Indian journal of veterinary science and animal husbandry - Volumes 18-21, 1948-1951
Year: 1948
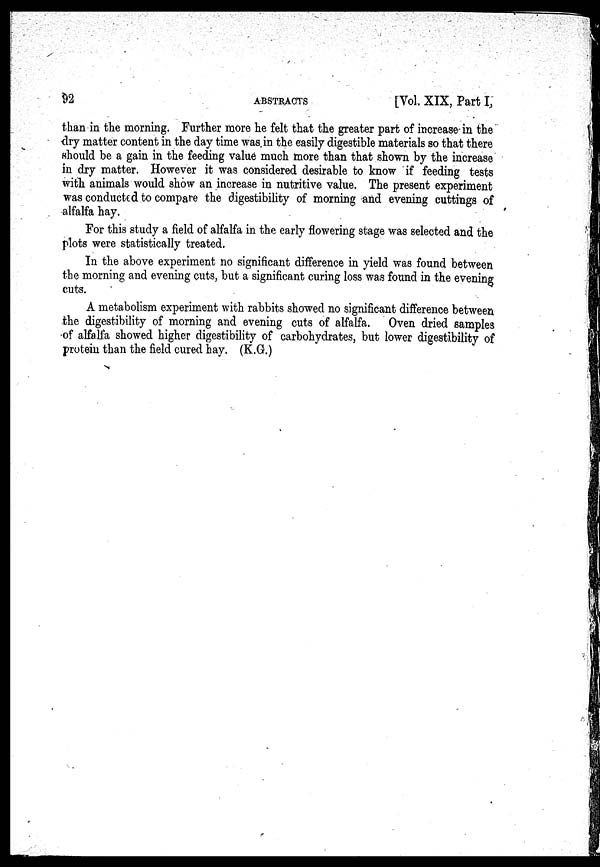
92
ABSTRACTS
[Vol. XIX, Part I,
than in the morning. Further more he felt that the greater part of increase in the
dry matter content in the day time was in the easily digestible materials so that there
should be a gain in the feeding value much more than that shown by the increase
in dry matter. However it was considered desirable to know if feeding tests
with animals would show an increase in nutritive value. The present experiment
was conducted to compare the digestibility of morning and evening cuttings of
alfalfa hay.
For this study a field of alfalfa in the early flowering stage was selected and the
plots were statistically treated.
In the above experiment no significant difference in yield was found between
the morning and evening cuts, but a significant curing loss was found in the evening
cuts.
A metabolism experiment with rabbits showed no significant difference between
the digestibility of morning and evening cuts of alfalfa.
Oven dried samples
of alfalfa showed higher digestibility of carbohydrates, but lower digestibility of
protein than the field cured hay. (K.G.)